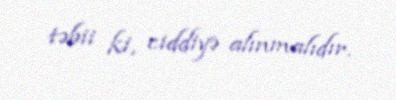
təbii ki, ciddiyə alınmalıdır.